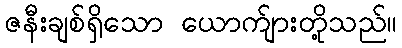
ဇနီးချစ်ရှိသော ယောက်ျားတို့သည်။